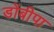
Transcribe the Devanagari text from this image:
डोंबीपा